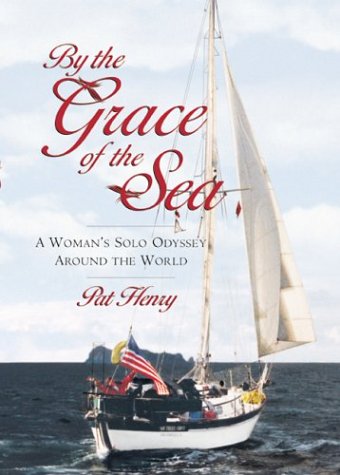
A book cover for By the Grace of the Sea : A Woman's Solo Odyssey Around the World; Pat Henry; Travel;